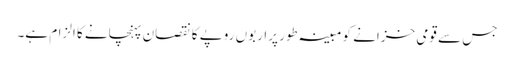
جس سے قومی خزانے کو مبینہ طور پراربوں روپے کا نقصان پہنچانے کا الزام ہے۔